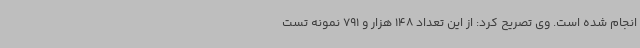
انجام شده است. وی تصریح کرد: از این تعداد 148 هزار و 791 نمونه تست